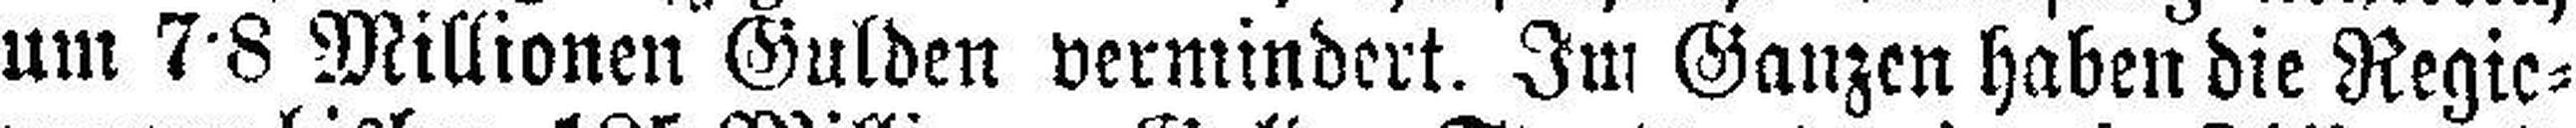
um 7•8 Millionen Gulden vermindert. Im Ganzen haben die Regie¬